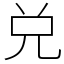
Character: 兑